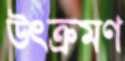
উৎক্রমণ